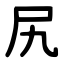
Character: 尻